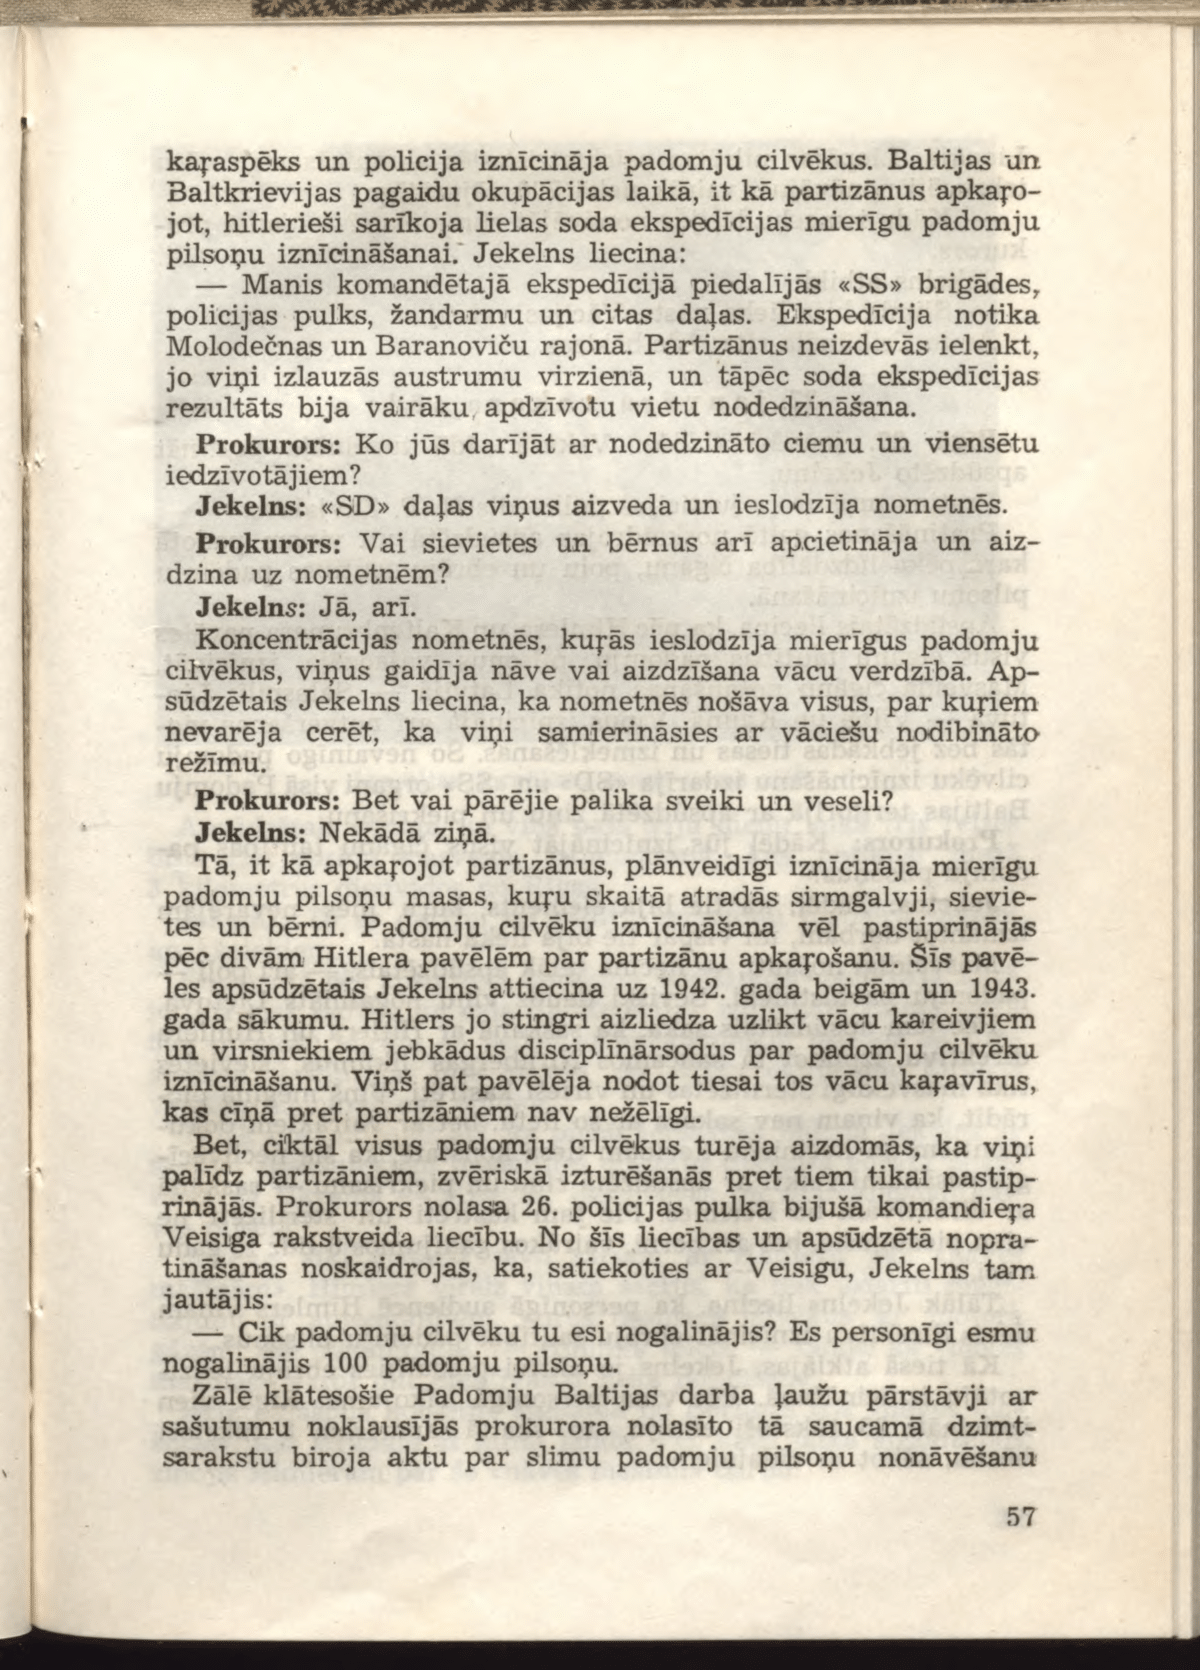
Language: lv